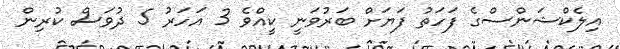
އިލެކްޝަންސްގެ ފަހަތު ފަޔަށް ބަރުވަނީ ކީއްވެ 3 އަހަރު 5 ދުވަސް ކުރިން